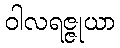
ဝါလရဇ္ဇုယာ